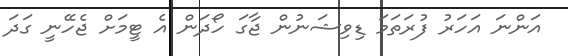
އަންނަ އަހަރު ފުރަތަމަ ޑިވިޝަނުން ޖާގަ ހޯދަން އެ ޓީމަށް ޖެހޭނީ ގަދަ